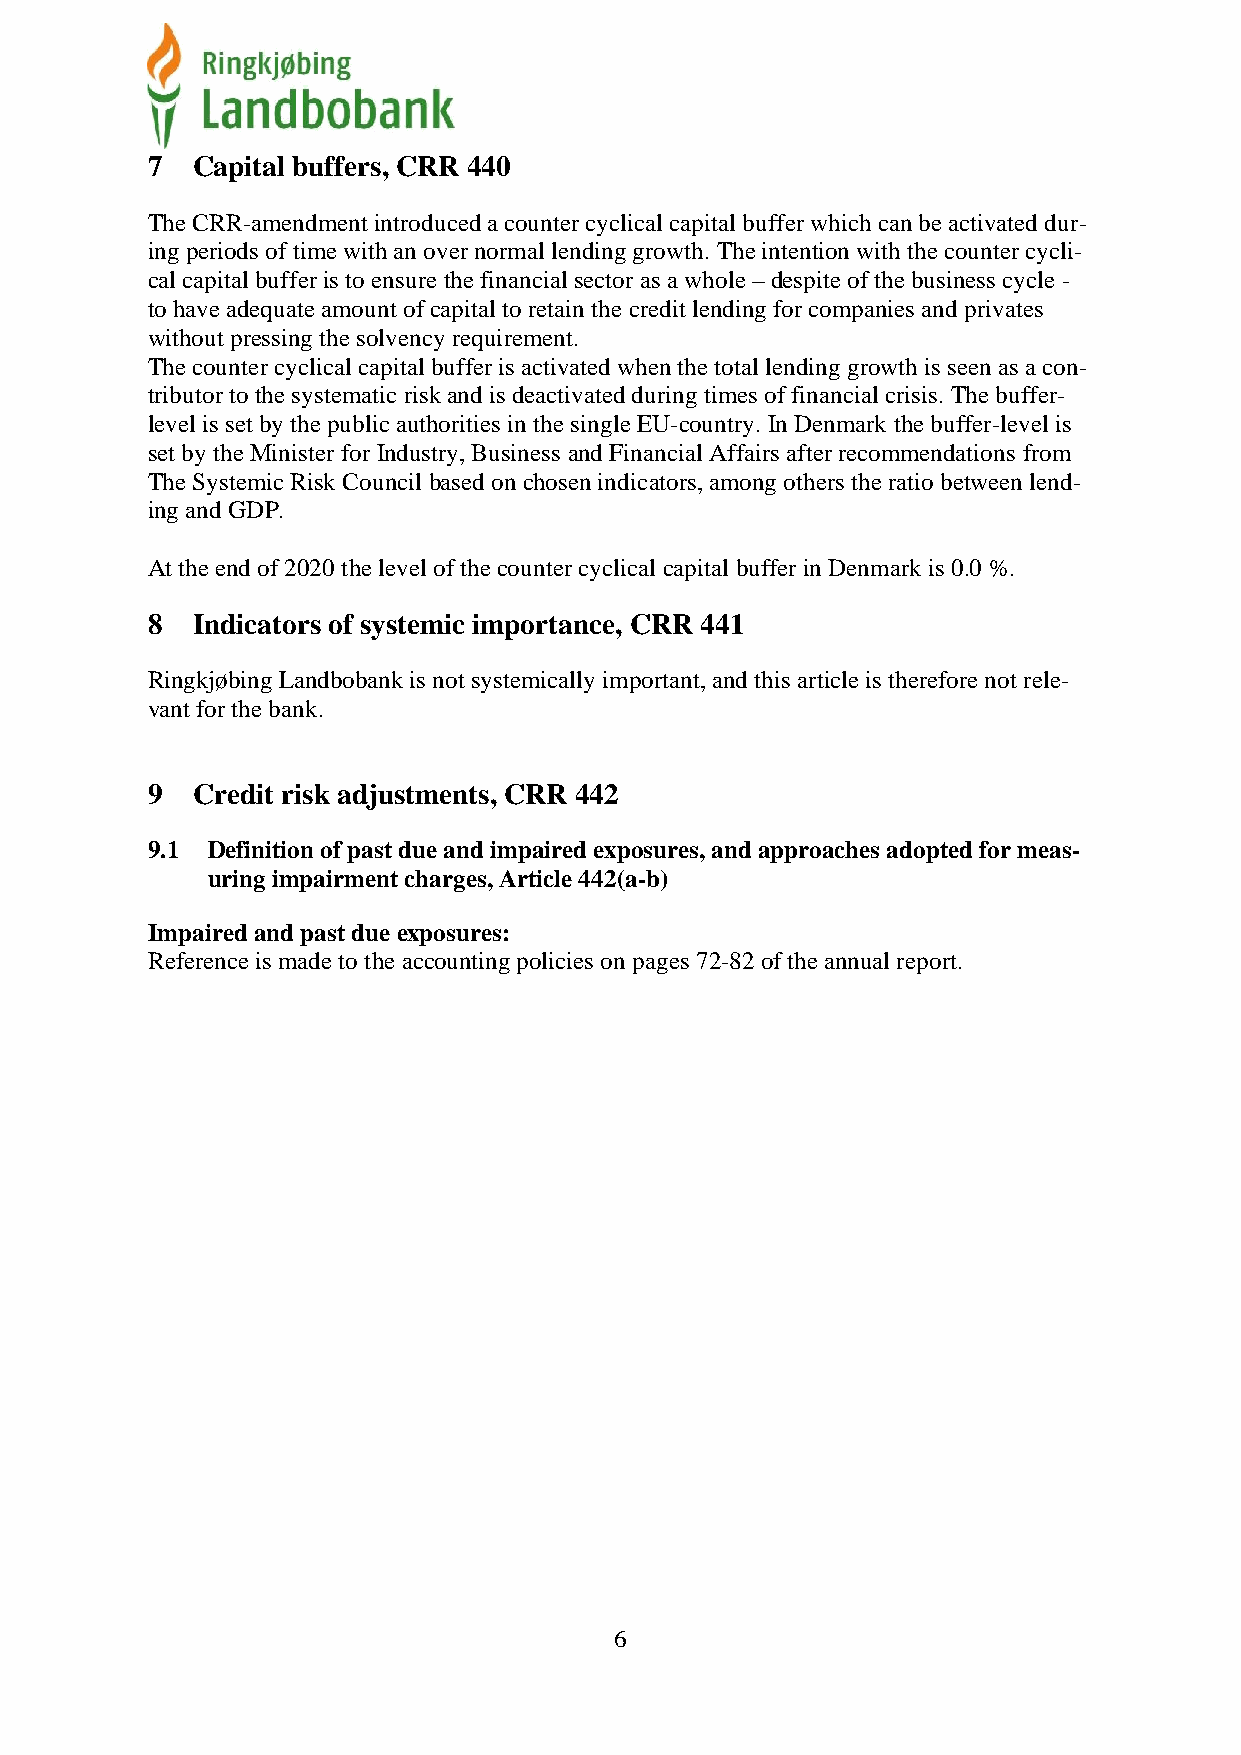
7  Capital buffers, CRR 440
 The CRR-amendment introduced a counter cyclical capital buffer which can be activated dur-
 ing periods of time with an over normal lending growth. The intention with the counter cycli-
 cal capital buffer is to ensure the financial sector as a whole – despite of the business cycle -
 to have adequate amount of capital to retain the credit lending for companies and privates
 without pressing the solvency requirement.
 The counter cyclical capital buffer is activated when the total lending growth is seen as a con-
 tributor to the systematic risk and is deactivated during times of financial crisis. The buffer-
 level is set by the public authorities in the single EU-country. In Denmark the buffer-level is
 set by the Minister for Industry, Business and Financial Affairs after recommendations from
 The Systemic Risk Council based on chosen indicators, among others the ratio between lend-
 ing and GDP.
 At the end of 2020 the level of the counter cyclical capital buffer in Denmark is 0.0 %.
 8  Indicators of systemic importance, CRR 441
 Ringkjøbing Landbobank is not systemically important, and this article is therefore not rele-
 vant for the bank.
 9  Credit risk adjustments, CRR 442
 9.1 Definition of past due and impaired exposures, and approaches adopted for meas-
 uring impairment charges, Article 442(a-b)
 Impaired and past due exposures:
 Reference is made to the accounting policies on pages 72-82 of the annual report.
 6